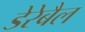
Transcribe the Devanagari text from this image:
डेरेबैल